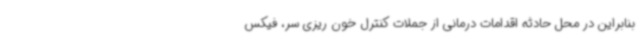
بنابراین در محل حادثه اقدامات درمانی از جملات کنترل خون ریزی سر، فیکس